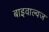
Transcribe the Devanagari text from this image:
बाइवाल्वज